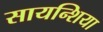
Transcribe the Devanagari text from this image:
सायन्शिया